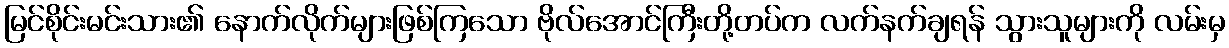
မြင်စိုင်းမင်းသား၏ နောက်လိုက်များဖြစ်ကြသော ဗိုလ်အောင်ကြီးတို့တပ်က လက်နက်ချရန် သွားသူများကို လမ်းမှ